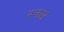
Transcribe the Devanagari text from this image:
रनस